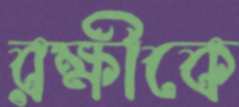
রক্ষীকে